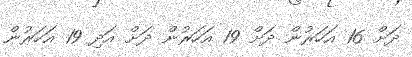
ދަށް 16 އަހަރުން ދަށް 19 އަހަރުން ދަށް އަދި 19 އަހަރުން